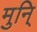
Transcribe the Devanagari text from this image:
मुनि्